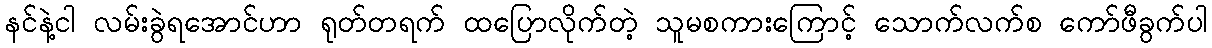
နင်နဲ့ငါ လမ်းခွဲရအောင်ဟာ ရုတ်တရက် ထပြောလိုက်တဲ့ သူမစကားကြောင့် သောက်လက်စ ကော်ဖီခွက်ပါ